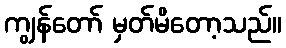
ကျွန်တော် မှတ်မိတော့သည်။